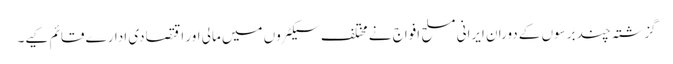
گزشتہ چند برسوں کے دوران ایرانی مسلح افواج نے مختلف سیکٹروں میں مالی اور اقتصادی ادارے قائم کیے۔